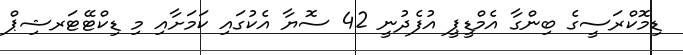
ޑިމޮކްރަސީގެ ބިންގާ އެމްޑީޕީ އުފެދުނީ 42 ސޮޔާ އެކުގައި ކަމަށާއި މި ޑިކްޓޭޓަރޝިޕް